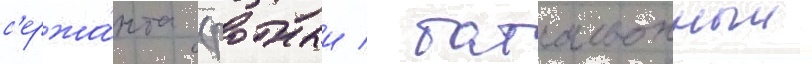
с'ержа́нта (ротныи / батальонныи